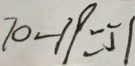
7 0 - 1 9 = 5 1